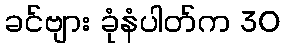
ခင်ဗျား ခုံနံပါတ်က 30